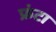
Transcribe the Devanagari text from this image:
फ्रंटा